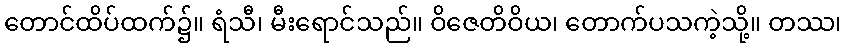
တောင်ထိပ်ထက်၌။ ရံသီ၊ မီးရောင်သည်။ ဝိဇေတိဝိယ၊ တောက်ပသကဲ့သို့။ တဿ၊